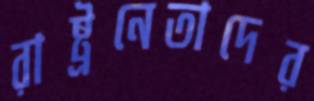
রাষ্ট্রনেতাদের